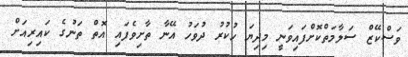
ވަސްކޭޒް ސަލާމަތްކޮށްފައިވަނީ މިދިޔަ ހުކުރު ދުވަހު އޭނާ ތާށިވެފައި އޮތް ތަނުގެ ކައިރިއަށް